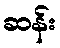
ဆန်း